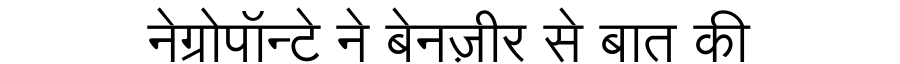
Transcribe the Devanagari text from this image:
नेग्रोपॉन्टे ने बेनज़ीर से बात की